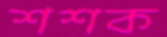
শশক